画像に写った文字を読んでください
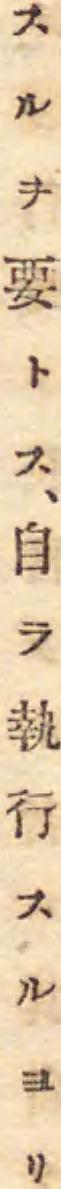
「スルヲ要トス、自ラ執行スルヨリ」と書いてあります